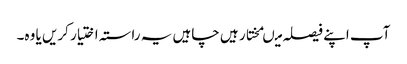
آپ اپنے فیصلہ میںمختار ہیں چاہیں یہ راستہ اختیار کریں یا وہ۔